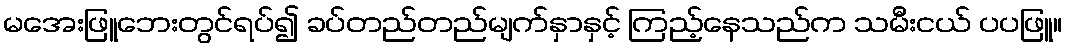
မအေးဖြူဘေးတွင်ရပ်၍ ခပ်တည်တည်မျက်နှာနှင့် ကြည့်နေသည်က သမီးငယ် ပပဖြူ။